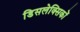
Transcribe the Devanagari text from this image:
डिसलेक्सिकों